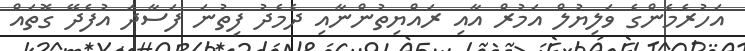
އަހުރެމެންގެ ވަލިޔުލް އަމުރް އާއި ރައްޔިތުންނާއި ދެމެދު ފިތުނަ ފަސާދަ އުފެދޭ ގޮތައް